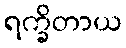
ရက္ခိတာယ